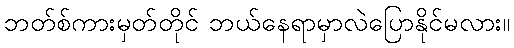
ဘတ်စ်ကားမှတ်တိုင် ဘယ်နေရာမှာလဲပြောနိုင်မလား။